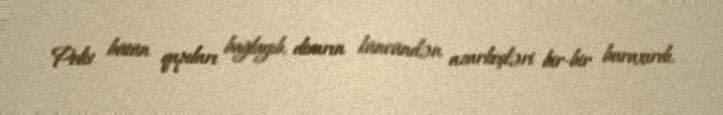
Polis bütün qapıları bağlayıb, divarın küncündən azarkeşləri bir-bir buraxırdı.